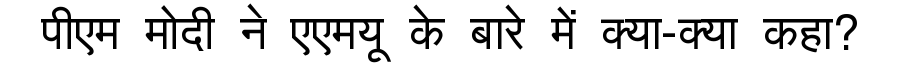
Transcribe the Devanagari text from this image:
पीएम मोदी ने एएमयू के बारे में क्या-क्या कहा?